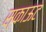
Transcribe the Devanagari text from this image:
स्काऊट